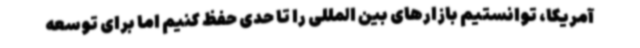
آمریکا، توانستیم بازارهای بین المللی را تا حدی حفظ کنیم اما برای توسعه